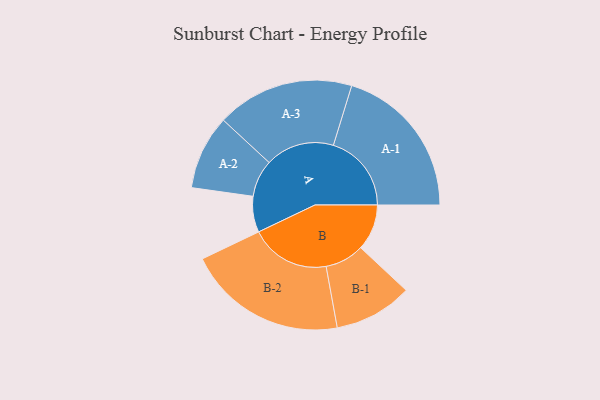
{"axis": {"x": "Segment", "y": "Value"}, "legend": ["", "A", "B"], "data": [{"x": "A", "y": 109, "type": ""}, {"x": "B", "y": 140, "type": ""}, {"x": "A-1", "y": 237, "type": "A"}, {"x": "A-2", "y": 113, "type": "A"}, {"x": "A-3", "y": 209, "type": "A"}, {"x": "B-1", "y": 119, "type": "B"}, {"x": "B-2", "y": 243, "type": "B"}]}